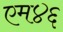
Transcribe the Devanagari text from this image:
एम४६